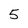
Character: 5